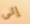
إلى